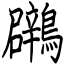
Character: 鸊